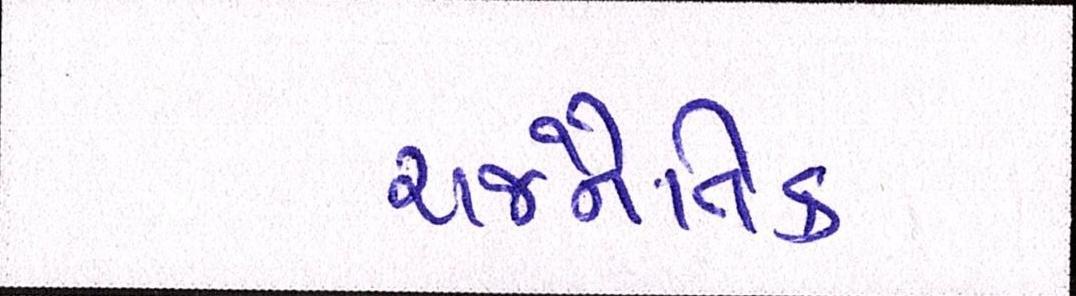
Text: રાજનૈતિક